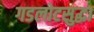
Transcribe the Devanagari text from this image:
गडलोटसुद्धा